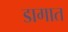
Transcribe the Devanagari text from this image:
डागात